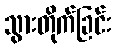
သွားတိုက်ခြင်း